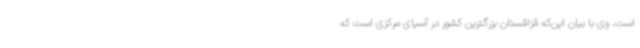
است. وی با بیان این‌که قزاقستان بزرگترین کشور در آسیای مرکزی است که